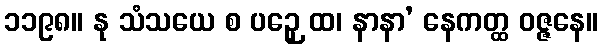
၁၁၉၈။ နု သံသယေ စ ပဉှေ ထ၊ နာနာ’ နေကတ္ထ ဝဇ္ဇနေ။